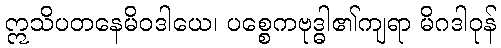
ဣသိပတနေမိဝဒါယေ၊ ပစ္စေကဗုဒ္ဓါ၏ကျရာ မိဂဒါဝုန်